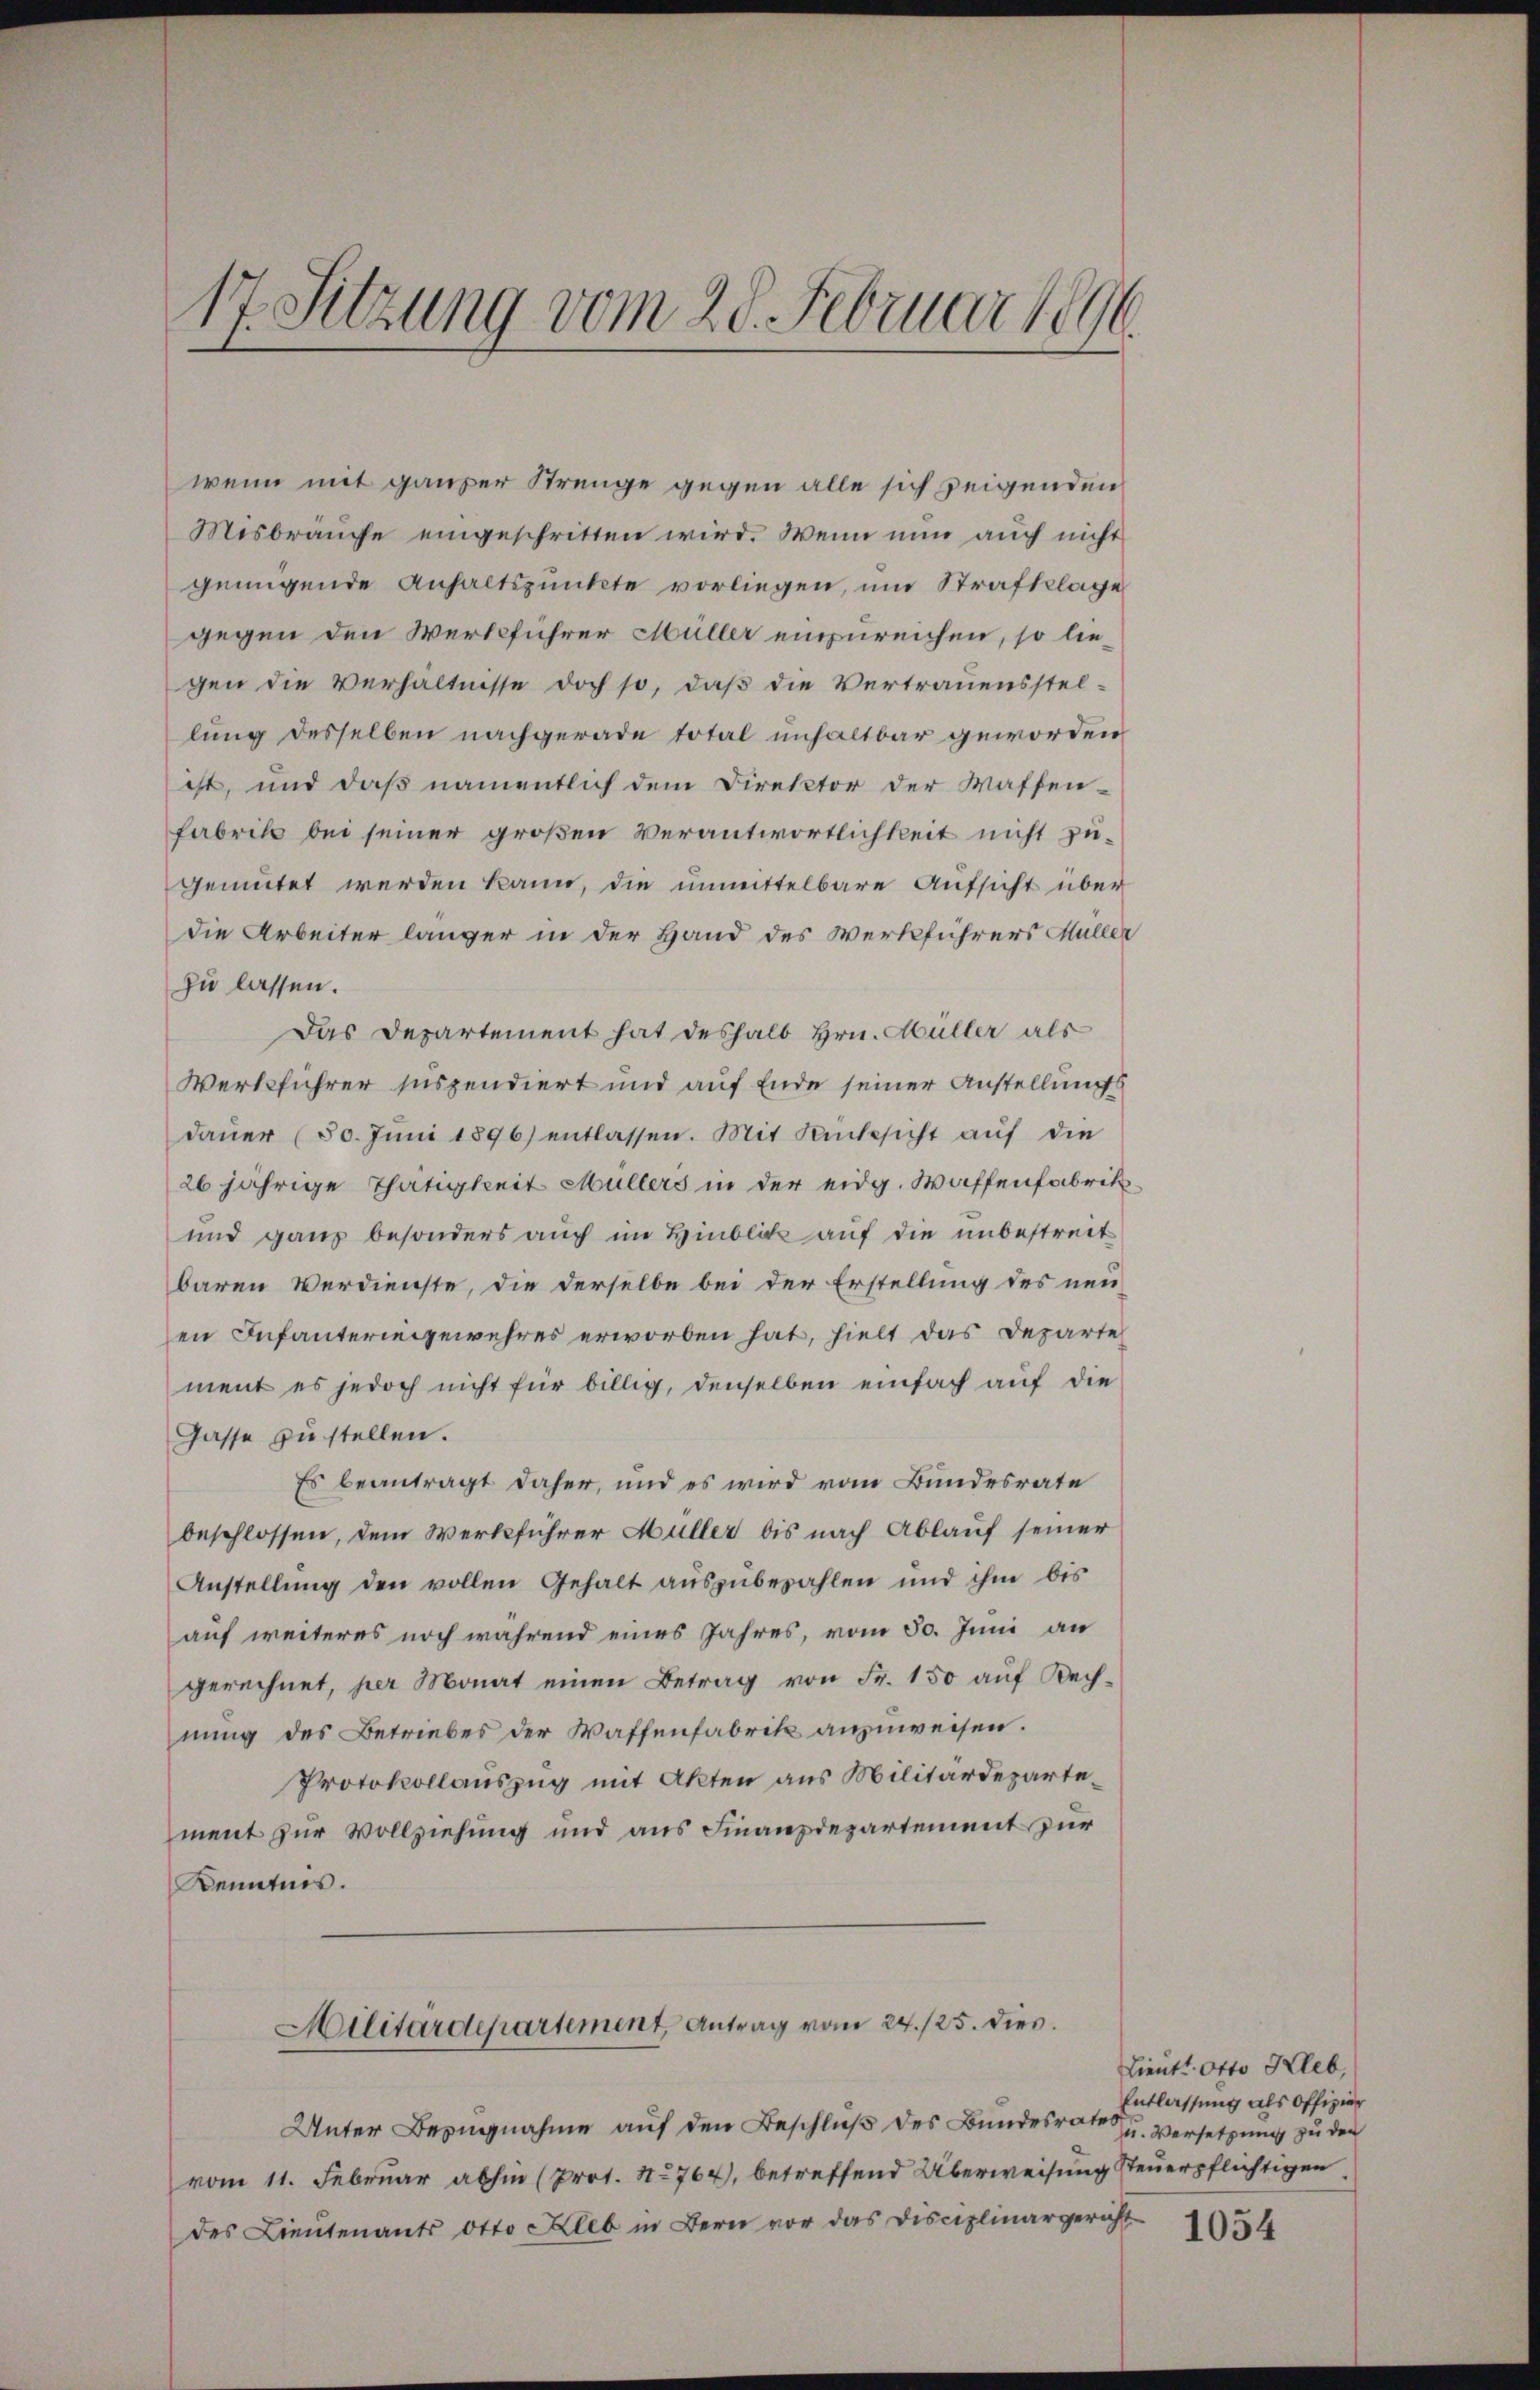
1
7. Sitzung vom 28. Februar 1896

wenn mit ganzer Strenge gegen alle sich zeigenden
Misbräuche eingeschritten wird. Wenn nun auch nicht
genügende Anhaltspunkte vorliegen, um Strafklage
gegen den Werkführer Müller einzureichen, so liegen die Verhältnisse doch so, daß die Vertrauensstellung desselben nachgerade total unhaltbar geworden
ist, und daß namentlich dem Direktor der Waffen-
Fabrik bei seiner großen Verantwortlichkeit nicht zugemutet werden kann, die unmittelbare Aufsicht über
die Arbeiter länger in der Hand des Werkführers Müller
zu lassen.
Das Departement hat deshalb Hrn. Müller als
Werkführer suspendiert und auf Ende seiner Anstellungs
daŭer (50. Jŭni 1896) entlassen. Mit Rücksicht aŭf die
26 jährige Thätigkeit Müllers in der eidg. Waffenfabrik¬
und ganz besonders auch im Hinblick auf die unbestreit
baren Verdienste, die derselbe bei der Erstellung des neu-
en Infanteringewehres erworben hat, hielt das Departe
ment es jedoch nicht für billig, denselben einfach auf die
Gasse zu stellen.
Es beantragt daher, und es wird vom Bundesrate
beschlossen, dem Werkführer Müller bis nach Ablauf seiner
Anstellung den vollen Gehalt auszubezahlen und ihm bis
auf weiteres noch während eines Jahres, vom 30. Juni an
gerechnet, per Monat einen Betrag von Fr. 150 auf Rech-
nung des Betriebes der Waffenfabrik anzuweisen.
Protokollauszug mit Akten aus Militärdepartement zur Vollziehung und aus Finanzdepartement zur
Kenntnis.
Militärdepartement, Antrag vom 24./25. dies
Unter Besingnahme auf den Beschluß des Bundesrate u. Versetzung zu der
vom 11. Februar abhin (Prot. No 764), betreffend Überweisung steuerpflichtigen
des Lieutenants otto Hleb in Bern vor das Disciplinargericht

Lieutt Otto Kleb,
Entlassung als Offizier

1054